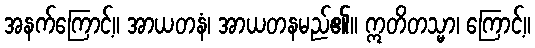
အနက်ကြောင့်။ အာယတနံ၊ အာယတနမည်၏။ ဣတိတသ္မာ၊ ကြောင့်။